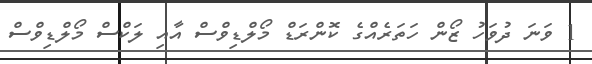
1 ވަނަ ދުވަހު ޒޯން ހަތަރެއްގެ ކޮންރަޑް މޯލްޑިވްސް އާއި ލަކްސް މޯލްޑިވްސް